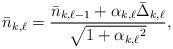
LaTeX: \begin{align*}\bar n_{k,\ell}=\frac{\bar{n}_{k,\ell-1}+\alpha_{k,\ell}\bar\Delta_{k,\ell}}{\sqrt{1+{\alpha_{k,\ell}}^2}},\end{align*}